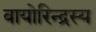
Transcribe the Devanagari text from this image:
वायोरिन्द्रस्य